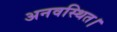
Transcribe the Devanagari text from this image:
अनवस्थित।